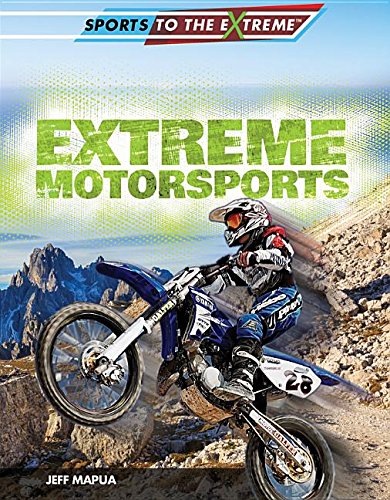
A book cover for Extreme Motorsports (Sports to the Extreme); Jeff Mapua; Children's Books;